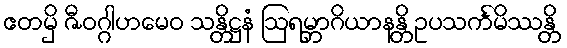
ဧတမှိ ဇီဝဂ္ဂါဟမေဝ သန္တိဋ္ဌနံ ဩရမ္ဘာဂိယာနန္တိ ဥပသင်္ကမိဿန္တိ